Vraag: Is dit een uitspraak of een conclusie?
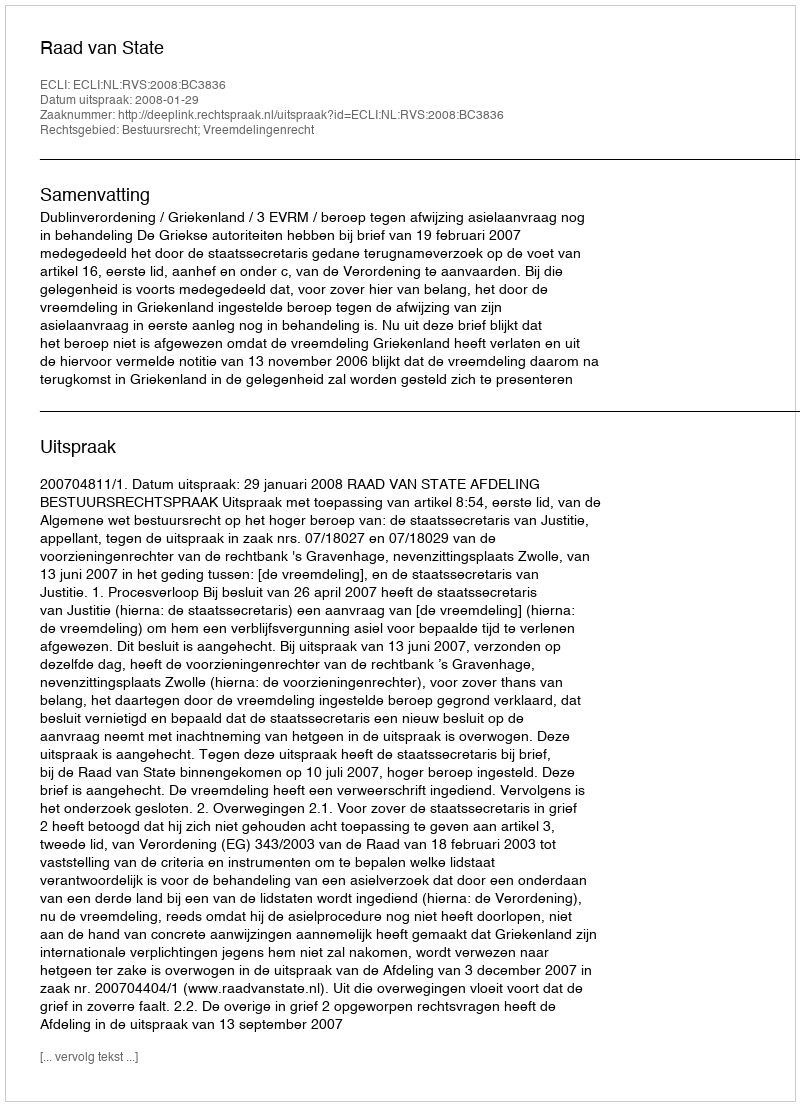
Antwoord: Uitspraak